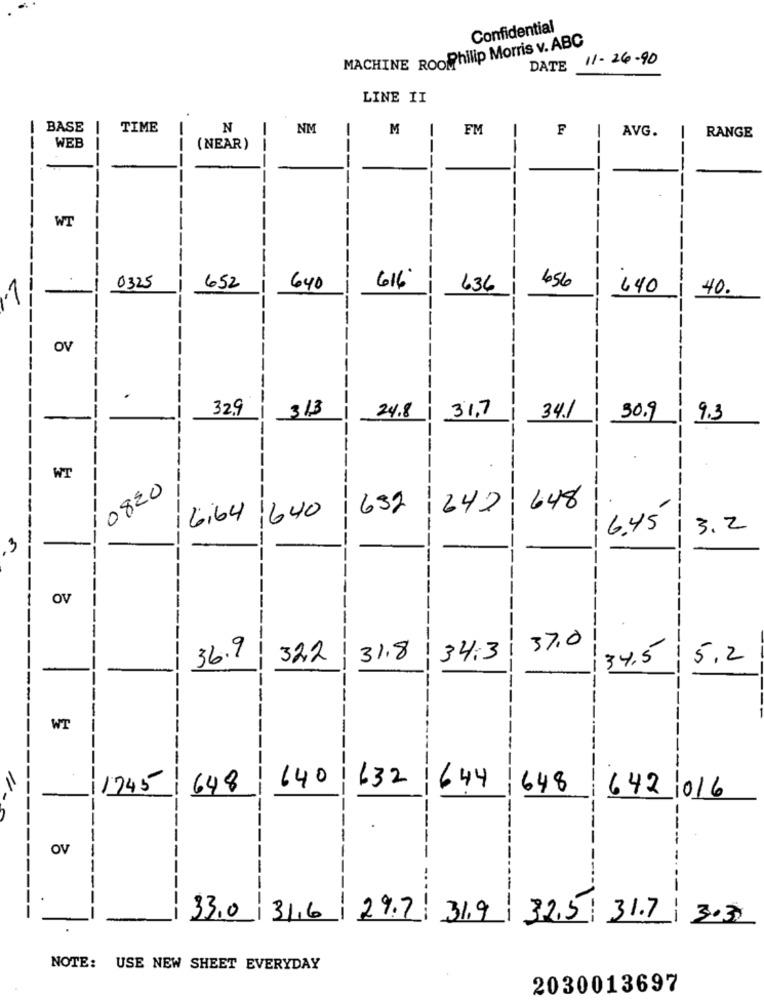
Confidential
MACHINE ROOPhilip Morris v. ABC
DATE 11- 26-90
LINE II
BASE |
TIME
-
Z
NM
M
FM
F
AVG.
RANGE
--
-
-
WEB
(NEAR)
--
----
-
---
-
-----
--
---
WT
--
-
-
-
---
-
--
---
-
616
0325
652
640
636
456
440
.S
40.
OV
-
32,9
-----
313
31.7
24.8
34.1
30.9
0
9.3
WT
0820
--
--
632
1242
648
6,64 1640
--
--
6.45
3.2
M
3
--
OV
37.0
--
N
--
M
36.9
322
31.8
134.3
34.5
---
5.2
-
WT
-
--
640
632
--
------
1745
648
644
--
648
5
642016
OV
-
--
---
330 316 29.7 31.9 32,5 31.7
--
3.30
NOTE: USE NEW SHEET EVERYDAY
2030013697